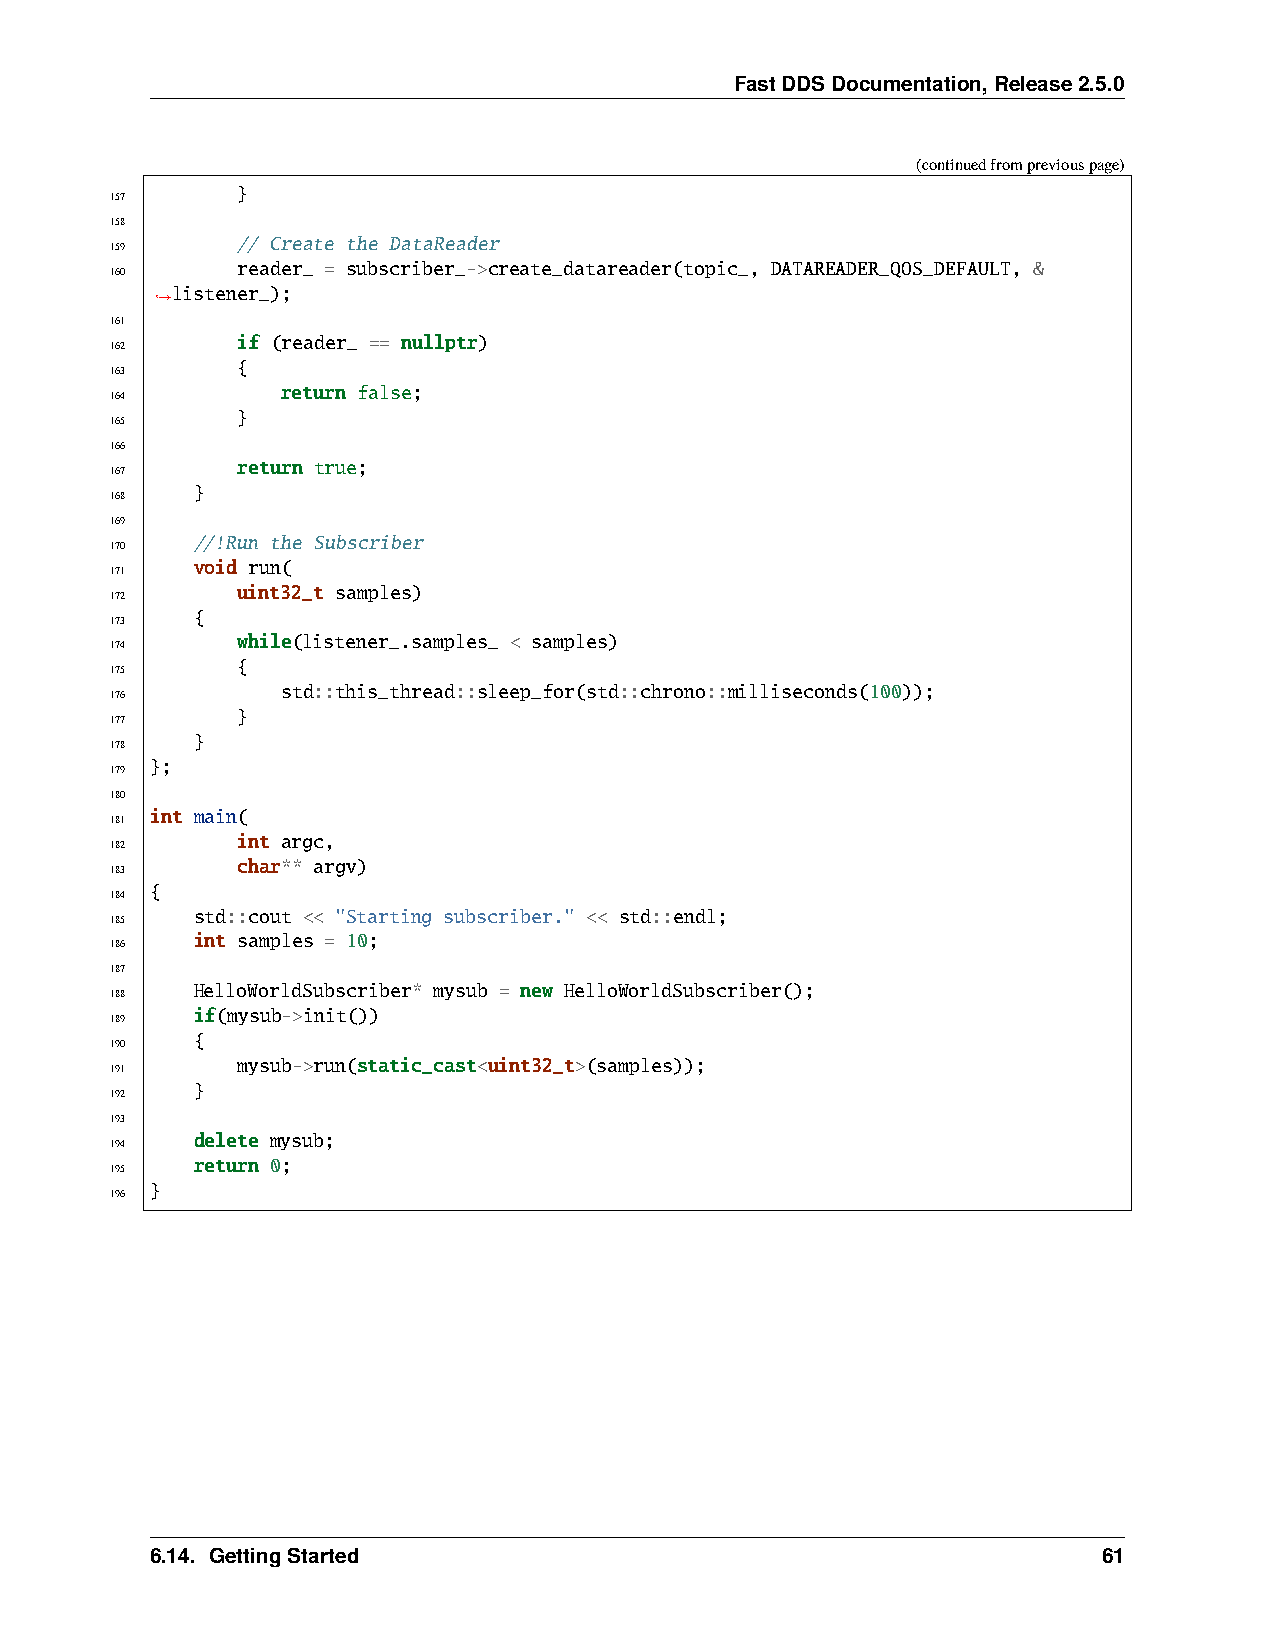
FastDDSDocumentation,Release2.5.0
 (continuedfrompreviouspage)
 }
 157
 158
 // Create the DataReader
 159
 reader_ = subscriber_->create_datareader(topic_, DATAREADER_QOS_DEFAULT, &
 160
 listener_);
 ˓→
 161
 if (reader_ == nullptr)
 162
 {
 163
 return false;
 164
 }
 165
 166
 return true;
 167
 }
 168
 169
 //!Run the Subscriber
 170
 void run(
 171
 uint32_t samples)
 172
 {
 173
 while(listener_.samples_ < samples)
 174
 {
 175
 std::this_thread::sleep_for(std::chrono::milliseconds(100));
 176
 }
 177
 }
 178
 };
 179
 180
 int main(
 181
 int argc,
 182
 char** argv)
 183
 {
 184
 std::cout << "Starting subscriber." << std::endl;
 185
 int samples = 10;
 186
 187
 HelloWorldSubscriber* mysub = new HelloWorldSubscriber();
 188
 if(mysub->init())
 189
 {
 190
 mysub->run(static_cast<uint32_t>(samples));
 191
 }
 192
 193
 delete mysub;
 194
 return 0;
 195
 }
 196
 6.14. GettingStarted                                           61